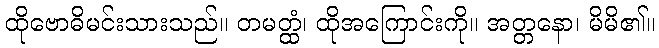
ထိုဗောဓိမင်းသားသည်။ တမတ္ထံ၊ ထိုအကြောင်းကို။ အတ္တနော၊ မိမိ၏။